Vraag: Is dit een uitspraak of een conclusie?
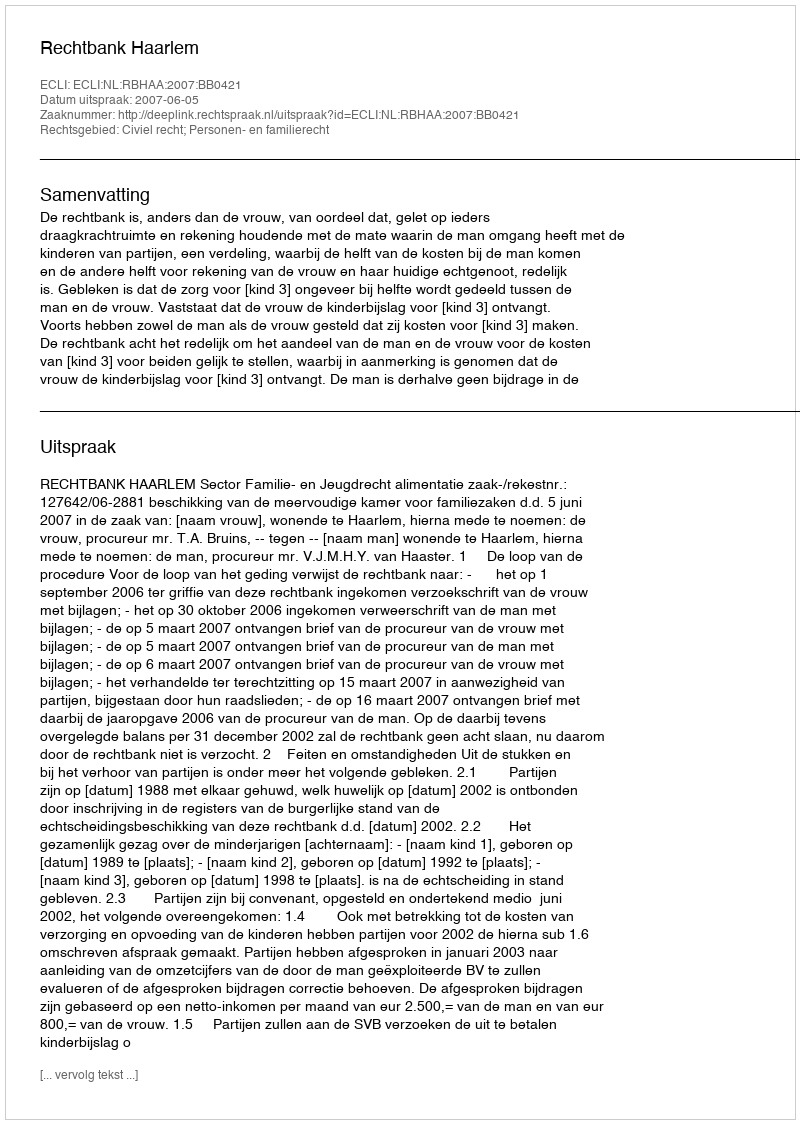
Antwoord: Uitspraak